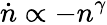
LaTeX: \dot{n}\propto-n^{\gamma}